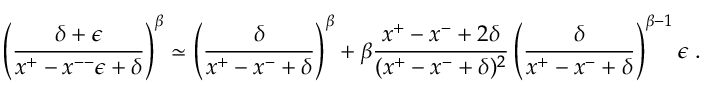
\left( \frac { \delta + \epsilon } { x ^ { + } - x ^ { -- } \epsilon + \delta } \right) ^ { \beta } \simeq \left( \frac { \delta } { x ^ { + } - x ^ { - } + \delta } \right) ^ { \beta } + \beta \frac { x ^ { + } - x ^ { - } + 2 \delta } { ( x ^ { + } - x ^ { - } + \delta ) ^ { 2 } } \left( \frac { \delta } { x ^ { + } - x ^ { - } + \delta } \right) ^ { \beta - 1 } \epsilon \; .